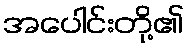
အပေါင်းတို့၏